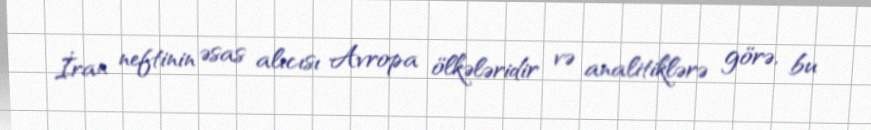
İran neftinin əsas alıcısı Avropa ölkələridir və analitiklərə görə, bu